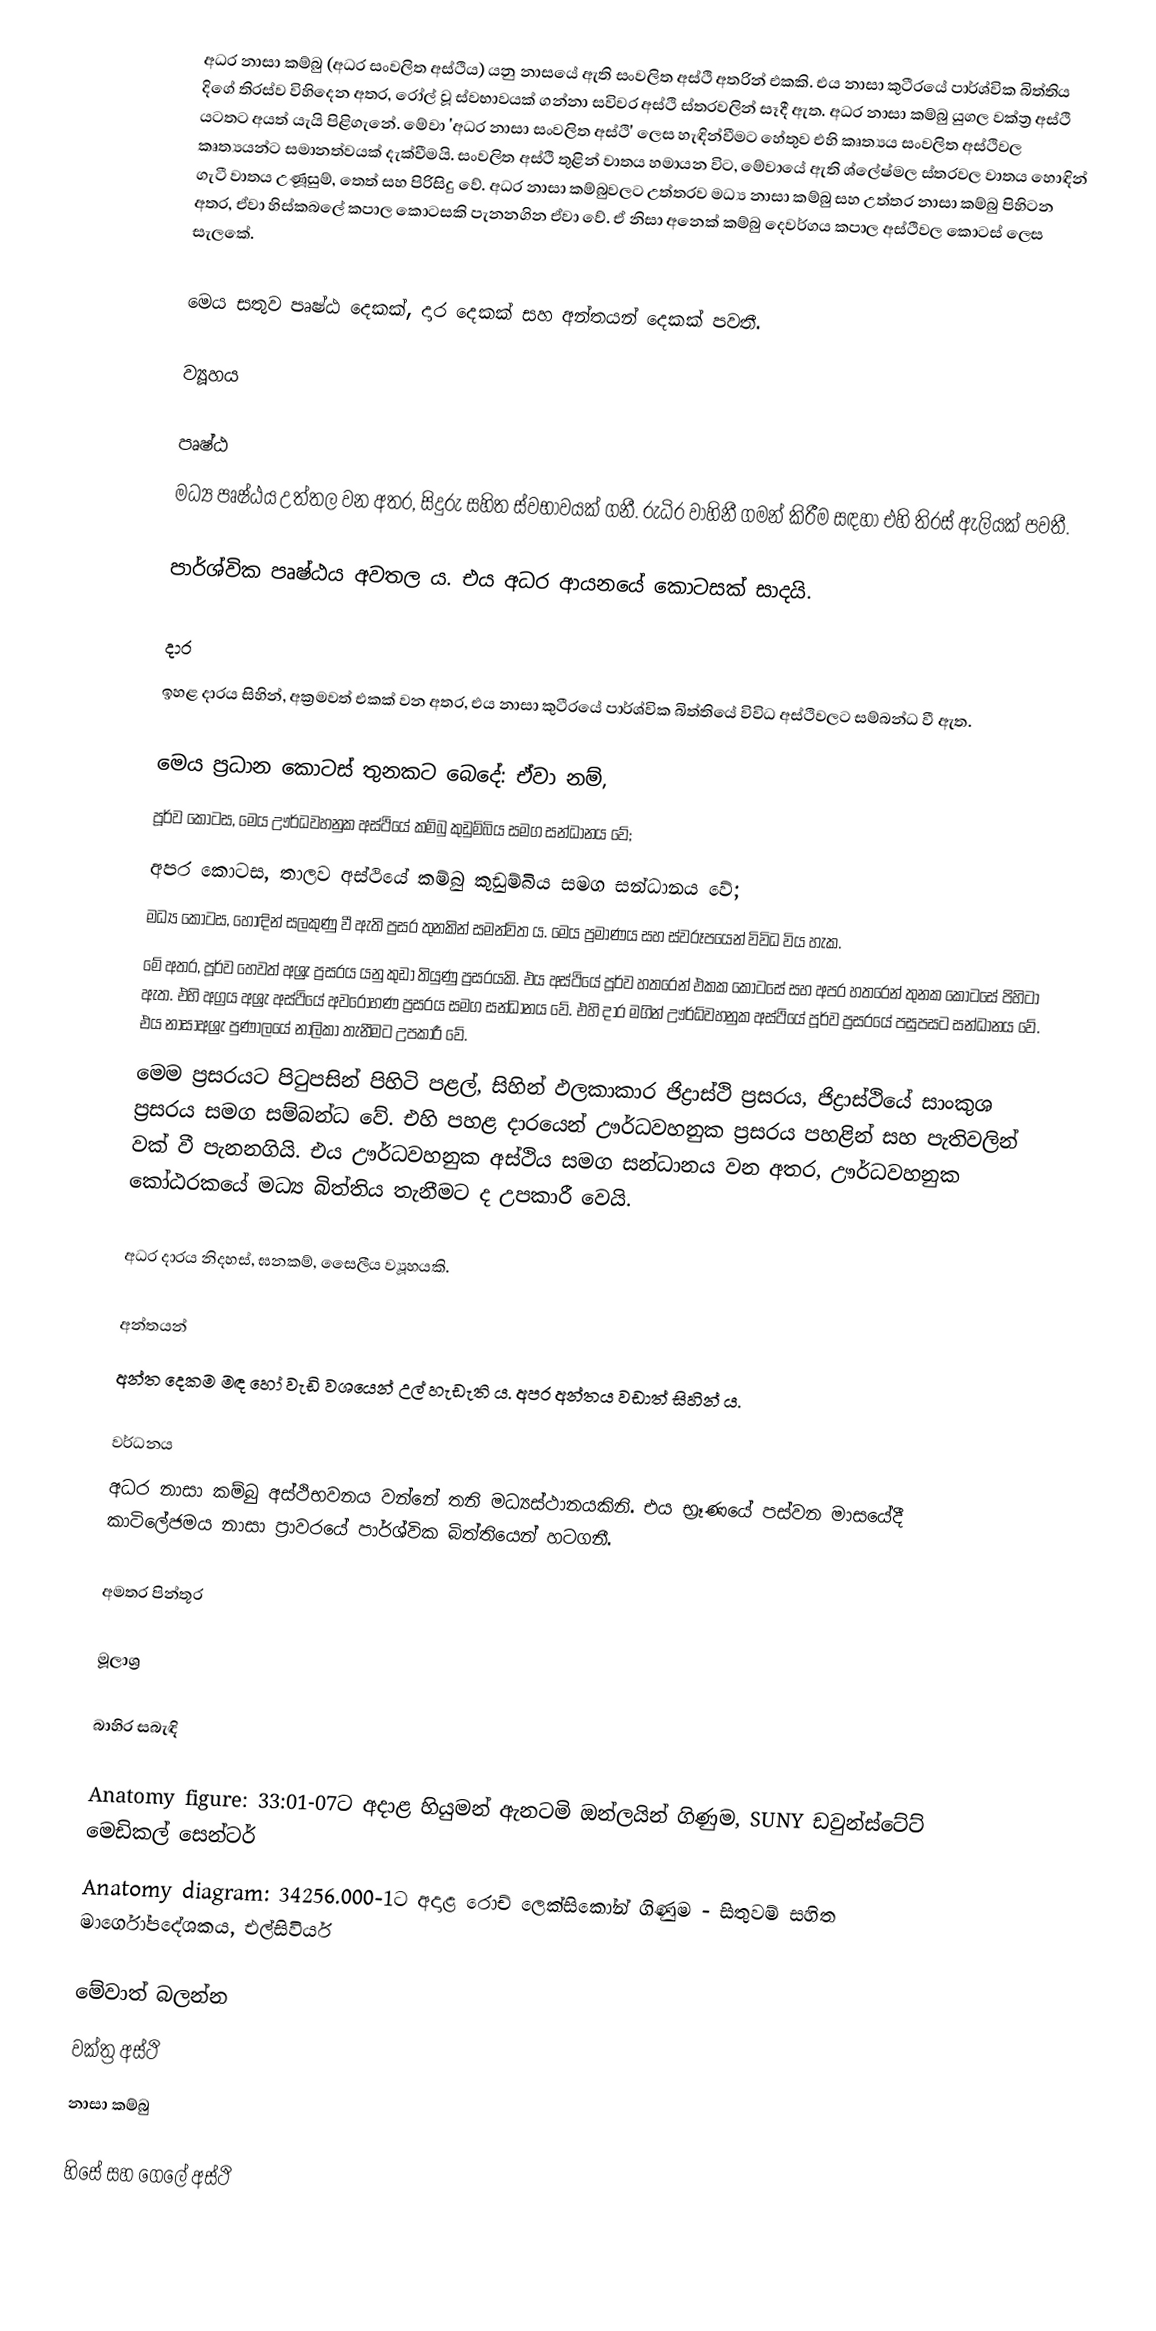
අධර නාසා කම්බු (අධර සංවලිත අස්ථිය) යනු නාසයේ ඇති සංවලිත අස්ථි අතරින් එකකි. එය නාසා කුටීරයේ පාර්ශ්වික බිත්තිය දිගේ තිරස්ව විහිදෙන අතර, රෝල් වූ ස්වභාවයක් ගන්නා සවිවර අස්ථි ස්තරවලින් සෑදී ඇත. අධර නාසා කම්බු යුගල වක්ත්‍ර අස්ථි යටතට අයත් යැයි පිළිගැනේ. මේවා 'අධර නාසා සංවලිත අස්ථි' ලෙස හැඳින්වීමට හේතුව එහි කෘත්‍යය සංවලිත අස්ථිවල කෘත්‍යයන්ට සමානත්වයක් දැක්වීමයි. සංවලිත අස්ථි තුළින් වාතය හමායන විට, මේවායේ ඇති ශ්ලේෂ්මල ස්තරවල වාතය හොඳින් ගැටී වාතය උණූසුම්, තෙත් සහ පිරිසිදු වේ. අධර නාසා කම්බුවලට උත්තරව මධ්‍ය නාසා කම්බු සහ උත්තර නාසා කම්බු පිහිටන අතර, ඒවා හිස්කබලේ කපාල කොටසකි පැනනගින ඒවා වේ. ඒ නිසා අනෙක් කම්බු දෙවර්ගය කපාල අස්ථිවල කොටස් ලෙස සැලකේ.

මෙය සතුව පෘෂ්ඨ දෙකක්, දාර දෙකක් සහ අන්තයන් දෙකක් පවතී.

ව්‍යූහය

පෘෂ්ඨ
මධ්‍ය පෘෂ්ඨය උත්තල වන අතර, සිදුරු සහිත ස්වභාවයක් ගනී. රුධිර වාහිනී ගමන් කිරීම සඳහා එහි තිරස් ඇලියක් පවතී.

පාර්ශ්වික පෘෂ්ඨය අවතල ය. එය අධර ආයනයේ කොටසක් සාදයි.

දාර
ඉහළ දාරය සිහින්, අක්‍රමවත් එකක් වන අතර, එය නාසා කුටීරයේ පාර්ශ්වික බිත්තියේ විවිධ අස්ථිවලට සම්බන්ධ වී ඇත.

මෙය ප්‍රධාන කොටස් තුනකට බෙදේ: ඒවා නම්,
 පූර්ව කොටස, මෙය ඌර්ධවහනුක අස්ථියේ කම්බු කුඩුම්බිය සමග සන්ධානය වේ;
 අපර කොටස, තාලව අස්ථියේ කම්බු කුඩුම්බිය සමග සන්ධානය වේ;
 මධ්‍ය කොටස, හොඳින් සලකුණු වී ඇති ප්‍රසර තුනකින් සමන්විත ය. මෙය ප්‍රමාණය සහ ස්වරූපයෙන් විවිධ විය හැක.
 මේ අතර, පූර්ව හෙවත් අශ්‍රැ ප්‍රසරය යනු කුඩා තියුණු ප්‍රසරයකි. එය අස්ථියේ පූර්ව හතරෙන් එකක කොටසේ සහ අපර හතරෙන් තුනක කොටසේ පිහිටා ඇත. එහි අග්‍රය අශ්‍රැ අස්ථියේ අවරෝහණ ප්‍රසරය සමග සන්ධානය වේ. එහි දාර මගින් ඌර්ධ්වහනුක අස්ථියේ පූර්ව ප්‍රසරයේ පසුපසට සන්ධානය වේ. එය නාසාඅශ්‍රැ පුණාලයේ නාලිකා තැනීමට උපකාරී වේ.
 මෙම ප්‍රසරයට පිටුපසින් පිහිටි පළල්, සිහින් ඵලකාකාර ජිද්‍රාස්ථි ප්‍රසරය, ජිද්‍රාස්ථියේ සාංකුශ ප්‍රසරය සමග සම්බන්ධ වේ. එහි පහළ දාරයෙන් ඌර්ධවහනුක ප්‍රසරය පහළින් සහ පැතිවලින් වක් වී පැනනගියි. එය ඌර්ධවහනුක අස්ථිය සමග සන්ධානය වන අතර, ඌර්ධවහනුක කෝඨරකයේ මධ්‍ය බිත්තිය තැනීමට ද උපකාරී වෙයි.

අධර දාරය නිදහස්, ඝනකම්, සෛලීය ව්‍යූහයකි.

අන්තයන්
අන්ත දෙකම මඳ හෝ වැඩි වශයෙන් උල් හැඩැති ය. අපර අන්තය වඩාත් සිහින් ය.

වර්ධනය
අධර නාසා කම්බු අස්ථිභවනය වන්නේ තනි මධ්‍යස්ථානයකිනි. එය භ්‍රෑණයේ පස්වන මාසයේදී කාටිලේජමය නාසා ප්‍රාවරයේ පාර්ශ්වික බිත්තියෙන් හටගනී.

අමතර පින්තූර

මූලාශ්‍ර

බාහිර සබැඳි

 Anatomy figure: 33:01-07ට අදාළ හියුමන් ඇනටමි ඔන්ලයින් ගිණුම, SUNY ඩවුන්ස්ටේට් මෙඩිකල් සෙන්ටර්
 Anatomy diagram: 34256.000-1ට අදාළ රොච් ලෙක්සිකෝන් ගිණුම - සිතුවම් සහිත මාර්ගෝපදේශකය, එල්සිවියර්

මේවාත් බලන්න
 වක්ත්‍ර අස්ථි
 නාසා කම්බු

හිසේ සහ ගෙලේ අස්ථි